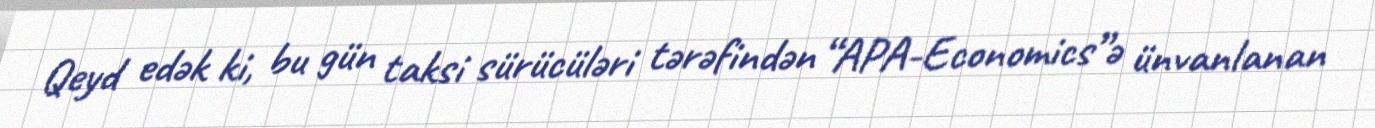
Qeyd edək ki, bu gün taksi sürücüləri tərəfindən “APA-Economics”ə ünvanlanan